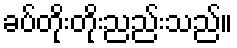
ခပ်တိုးတိုးညည်းသည်။